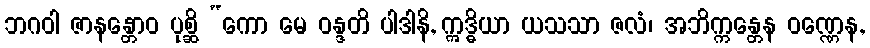
ဘဂဝါ ဇာနန္တောဝ ပုစ္ဆိ “ကော မေ ဝန္ဒတိ ပါဒါနိ, ဣဒ္ဓိယာ ယသသာ ဇလံ၊ အဘိက္ကန္တေန ဝဏ္ဏေန,